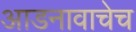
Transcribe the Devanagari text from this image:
आडनावाचेच